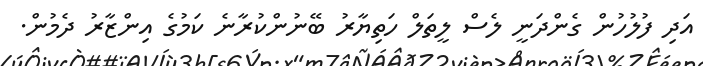
އަދި ފުލުހުން ގެންދަނީ ލެސް ލީތަލް ހަތިޔާރު ބޭނުންކުރާނެ ކަމުގެ އިންޒާރު ދެމުން.